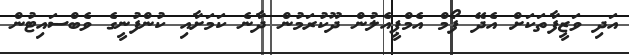
އަދި ވަޒީފާތަކަށް އެދޭ ފޯމް އެމްޕީއެލުން ދޫކުރަމުން ދާނެ ކަމަށާއި ކުންފުނީގެ ވެބްސައިޓުން